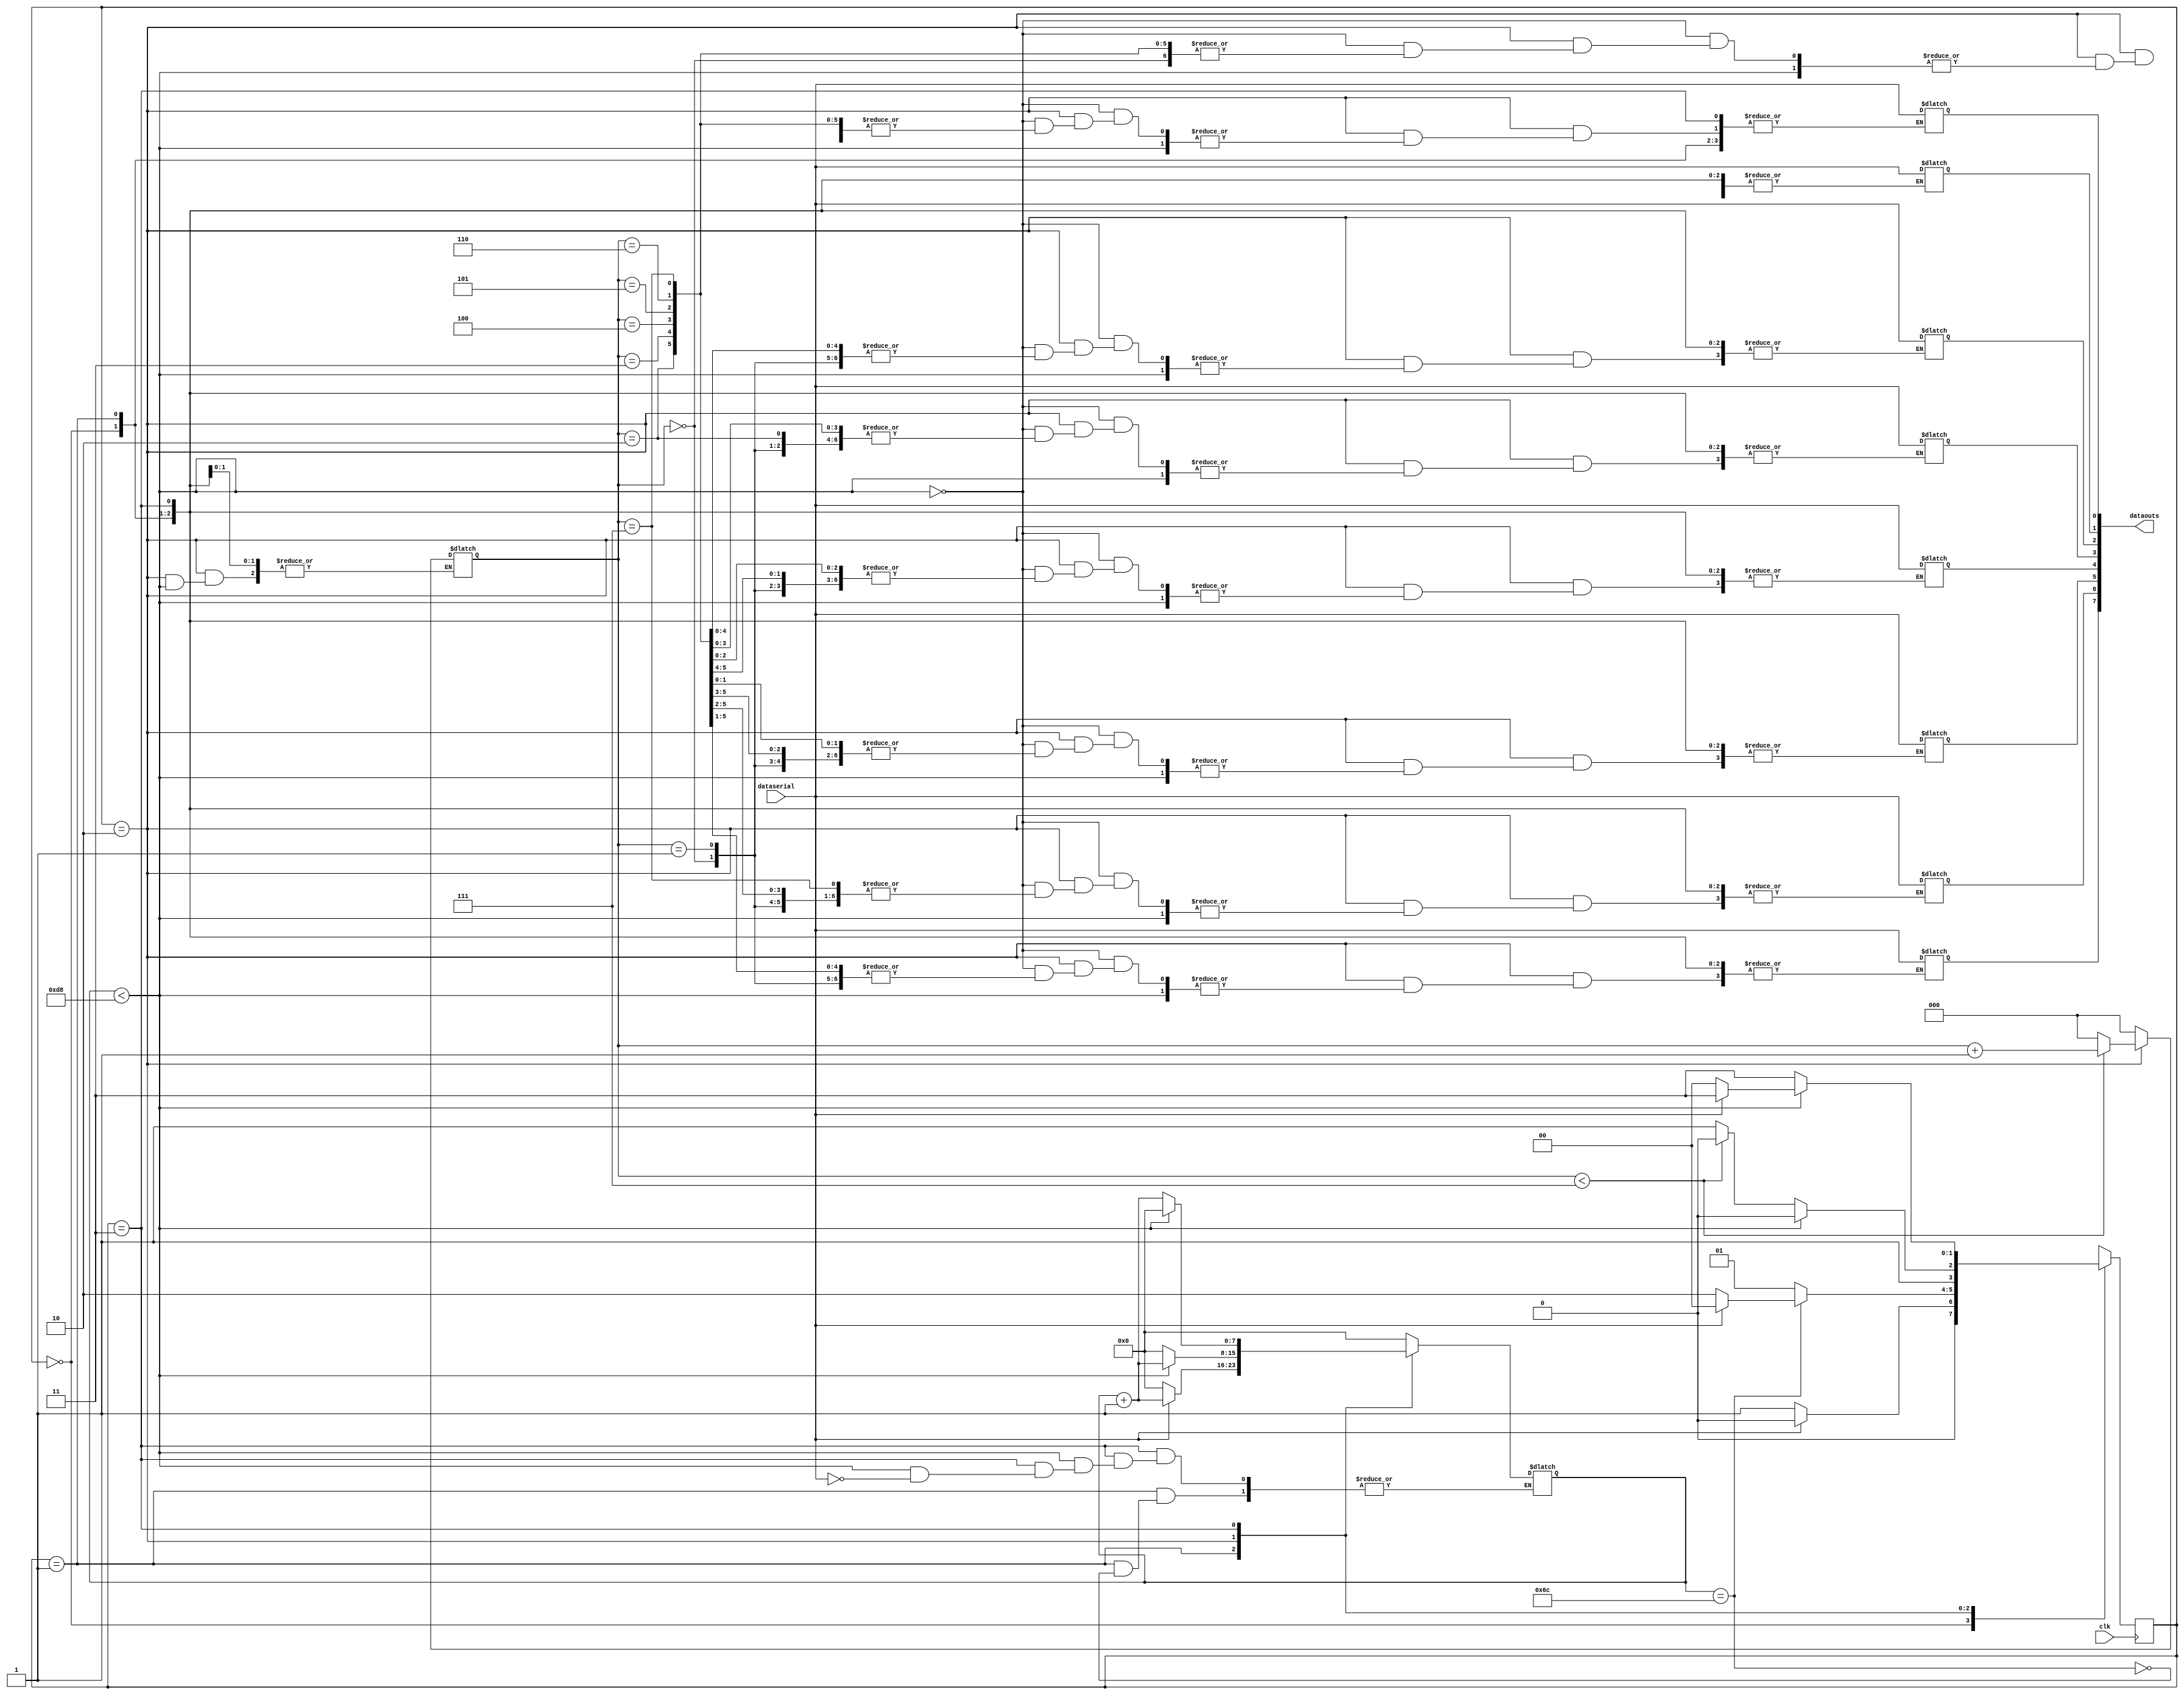
`timescale 1ns / 1ps
//////////////////////////////////////////////////////////////////////////////////
// Copyright (c) 2023 Samarth Gautam
// ///////////////////////////////////////////////////////////////////////////////
// Type:           Module
// Department:     Electronics And Communication Engineering, B.Tech
// Authors' Email: samarthgautam2002@gmail.com
// Module Name:    uart_receiver 
//////////////////////////////////////////////////////////////////////////////////
// Release History
// 04/01/2023 Samarth Gautam UART Receiver
//////////////////////////////////////////////////////////////////////////////////
// Keywords:       UART PROTOCOL. UART Receiver
//////////////////////////////////////////////////////////////////////////////////
// Purpose:         This receiver is able to 
//                  receive 8 bits of serial data, one start bit, one stop bit,
//                  and no parity bit.
// Constants:       Frequency of clock = 25MHz and Baud Rate = 115200bps
//                  CLOCKS PER BIT = (Frequency of clock)/(Baud Rate)
//						  CLOCKS PER BIT = 217
//////////////////////////////////////////////////////////////////////////////////
module UART_Receiver
#(parameter CLOCKS_PER_BIT= 217)(
    input clk,
	 input dataserial,
	 output reg [7:0] dataouts
	 );
	 
parameter IDLE = 2'b00, START = 2'b01, DATABIT = 2'b10, STOP = 2'b11;

reg [1:0] next_state;
reg [7:0] clock_count;
reg [2:0] index;

always @(posedge clk)
begin
	case(next_state)
		IDLE: begin
					next_state <= (dataserial==1'b0) ? START: IDLE;
				end
		
		START: begin
					if(clock_count == ((CLOCKS_PER_BIT - 1)/2))
						begin
							if(dataserial == 1'b0)
								begin
								next_state <= DATABIT;
								end
							else 
								next_state <= IDLE;
							end
					else
						begin
							next_state  <= START;
						end
					end
		
		DATABIT: begin
						if(clock_count < (CLOCKS_PER_BIT -1))
							begin
							next_state  <= DATABIT;
							end
						else
							begin
							
							if(index < 3'b111)
								begin
								next_state <= DATABIT;
								end
							else
								begin
								next_state <= STOP;
								end
							end
						end
			
		STOP: begin
					if(clock_count < (CLOCKS_PER_BIT -1))
						begin
							if(dataserial == 1'b1)
								begin
									next_state <= STOP;
								end
							else 
									next_state <=IDLE;
						end
					else 
						begin
							next_state <= STOP;
						end
					end
		default: next_state <= IDLE;
	endcase
end
	
	always @(next_state)
		begin
			case(next_state)
				IDLE:
					begin
						clock_count = 8'b0;
						index =3'b0;
					end
				START:
					begin
						if(clock_count == ((CLOCKS_PER_BIT - 1)/2))
						begin
							if(dataserial == 1'b0)
								begin
								clock_count = 8'b0;
								end
						else
							begin
								clock_count = clock_count +1'b1;
							end
						end
					end
				DATABIT:
					begin
						if(clock_count < (CLOCKS_PER_BIT -1))
							begin
							clock_count = clock_count + 1'b1;
							end
						else
							begin
							clock_count = 8'b0;
							dataouts[index]= dataserial;
							
							if(index < 3'b111)
								begin
								index = index + 1'b1;
								end
							else
								begin
								index = 3'b0;
								end
							end
					end
				STOP:
					begin
						if(clock_count < (CLOCKS_PER_BIT -1))
							begin
								if(dataserial == 1'b1)
									begin
										clock_count = 8'b0;
									end
							end
						else 
							begin
								clock_count = clock_count + 1'b1;
							end
					end
			endcase
		end
	
endmodule